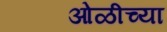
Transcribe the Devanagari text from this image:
ओळीच्या